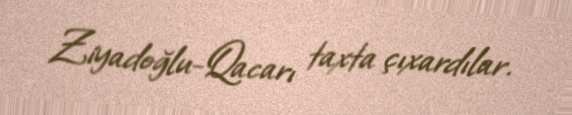
Ziyadoğlu-Qacarı taxta çıxardılar.